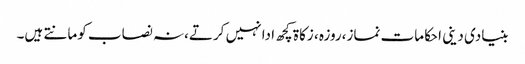
بنیادی دینی احکامات نماز،روزہ ، زکاۃ کچھ ادا نہیں کرتے،نہ نصاب کومانتے ہیں۔